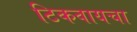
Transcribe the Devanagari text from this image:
टिकवायचा